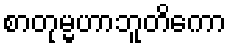
စာတုမ္မဟာဘူတိကော